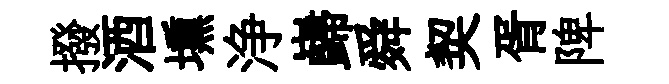
撥酒壎浄巋舜契胥陴